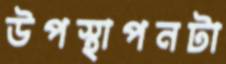
উপস্থাপনটা